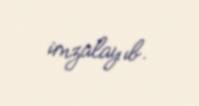
imzalayıb.